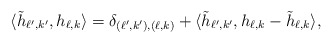
\begin{align*} \langle \tilde{h}_{\ell',k'}, h_{\ell,k}\rangle = \delta_{(\ell',k'), (\ell,k)}+ \langle \tilde{h}_{\ell',k'}, h_{\ell,k}-\tilde{h}_{\ell,k}\rangle,\end{align*}